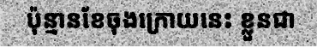
ប៉ុន្មានខែចុងក្រោយនេះ ខ្លួនជា